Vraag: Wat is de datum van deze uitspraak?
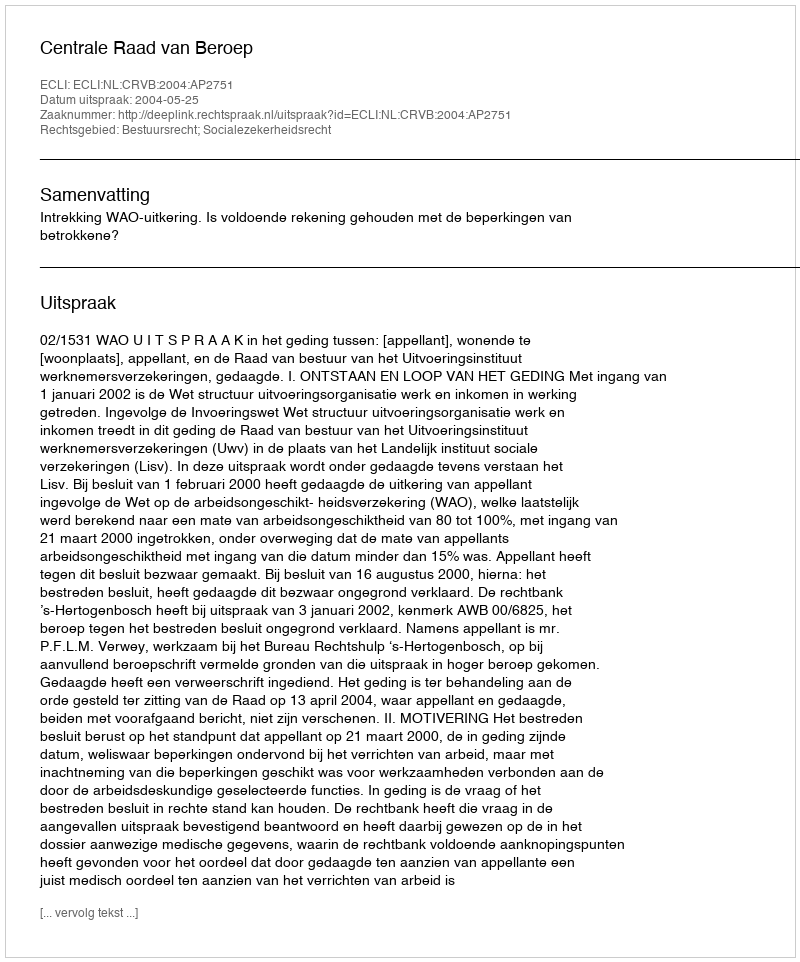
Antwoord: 2004-05-25